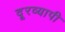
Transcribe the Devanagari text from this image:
दूरव्यापी